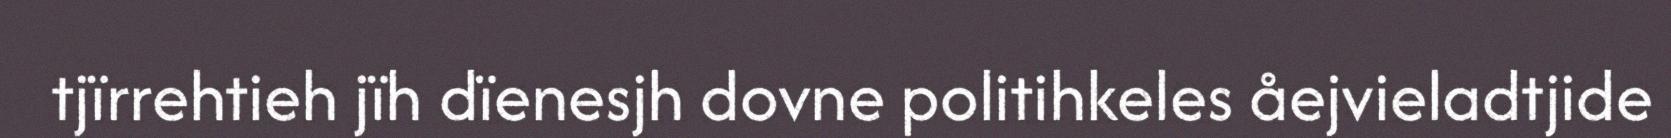
tjïrrehtieh jïh dïenesjh dovne politihkeles åejvieladtjide